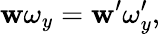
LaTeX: \mathbf{w}\omega_{y}=\mathbf{w}^{\prime}\omega_{y}^{\prime},